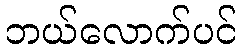
ဘယ်လောက်ပင်